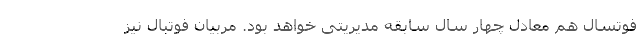
فوتسال هم معادل چهار سال سابقه مدیریتی خواهد بود. مربیان فوتبال نیز